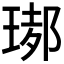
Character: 𤧡